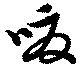
嗄